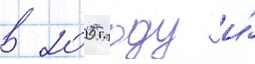
в 2005 году и́